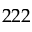
2 2 2